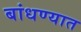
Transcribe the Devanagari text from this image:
बांधण्‍यात